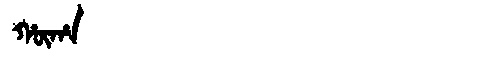
Manchu: ᡥᡡᡥᠠ
Romanization: HŪHA